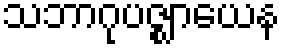
သဘာဂုပဇ္ဈာယေန